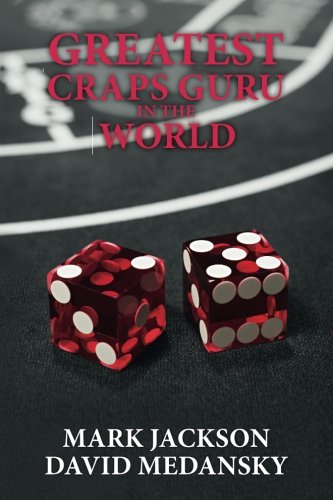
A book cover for Greatest Craps Guru In The World; Mark Jackson; Humor & Entertainment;